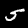
Label: 5